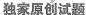
独家原创试题